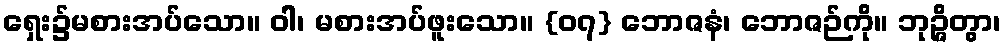
ရှေး၌မစားအပ်သော။ ဝါ၊ မစားအပ်ဖူးသော။ {၀၇} ဘောဇနံ၊ ဘောဇဉ်ကို။ ဘုဉ္ဇိတွာ၊